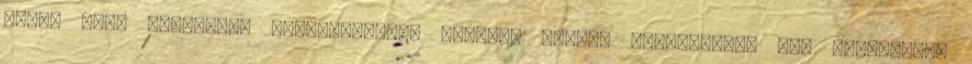
lenni mint korábban. Természetesen mindezt könnyű véghezvinni egy szorgalmas